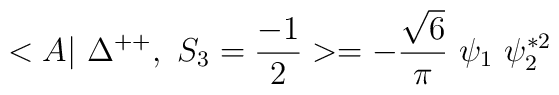
<A|~\Delta^{++},~ S_3=\frac{-1}{2} >= -\frac{\sqrt{6}}{\pi} ~\psi_1 ~ \psi_2^{*2}